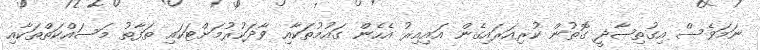
ނަމަވެސް އިގުތިޞާދީ ގޮތުން ކުރިއަރައިގެން އައިއިރު އެހެން ގައުމުތަކާއި ވާދަކުރުމަށްޓަކައި ތަފާތު މަސައްކަތްތަކާއި